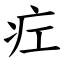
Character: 疘